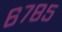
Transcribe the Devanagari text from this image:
६७८५